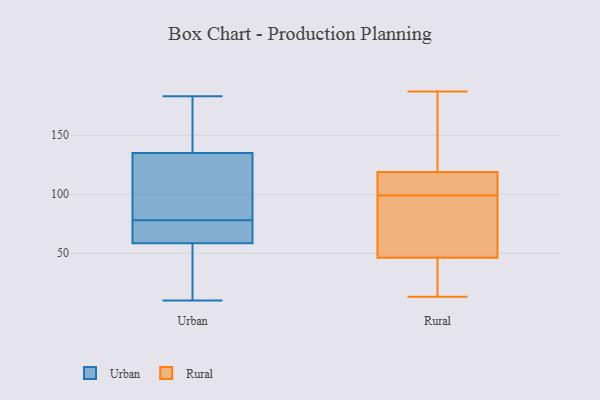
{"axis": {"x": "Population (Million)", "y": "Value"}, "legend": ["Rural", "Urban"], "data": [{"x": "", "y": 96, "type": "Urban"}, {"x": "", "y": 16, "type": "Urban"}, {"x": "", "y": 58, "type": "Urban"}, {"x": "", "y": 10, "type": "Urban"}, {"x": "", "y": 183, "type": "Urban"}, {"x": "", "y": 59, "type": "Urban"}, {"x": "", "y": 59, "type": "Urban"}, {"x": "", "y": 131, "type": "Urban"}, {"x": "", "y": 66, "type": "Urban"}, {"x": "", "y": 77, "type": "Urban"}, {"x": "", "y": 158, "type": "Urban"}, {"x": "", "y": 79, "type": "Urban"}, {"x": "", "y": 139, "type": "Urban"}, {"x": "", "y": 54, "type": "Urban"}, {"x": "", "y": 160, "type": "Urban"}, {"x": "", "y": 100, "type": "Urban"}, {"x": "", "y": 47, "type": "Rural"}, {"x": "", "y": 182, "type": "Rural"}, {"x": "", "y": 43, "type": "Rural"}, {"x": "", "y": 46, "type": "Rural"}, {"x": "", "y": 104, "type": "Rural"}, {"x": "", "y": 187, "type": "Rural"}, {"x": "", "y": 99, "type": "Rural"}, {"x": "", "y": 68, "type": "Rural"}, {"x": "", "y": 13, "type": "Rural"}, {"x": "", "y": 112, "type": "Rural"}, {"x": "", "y": 35, "type": "Rural"}, {"x": "", "y": 107, "type": "Rural"}, {"x": "", "y": 112, "type": "Rural"}, {"x": "", "y": 80, "type": "Rural"}, {"x": "", "y": 32, "type": "Rural"}, {"x": "", "y": 87, "type": "Rural"}, {"x": "", "y": 164, "type": "Rural"}, {"x": "", "y": 121, "type": "Rural"}, {"x": "", "y": 158, "type": "Rural"}]}